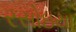
રસોઇયા